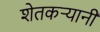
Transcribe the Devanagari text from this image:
शेतकऱ्यानी